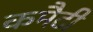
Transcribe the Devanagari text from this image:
कमैटी